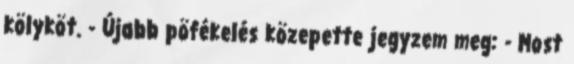
kölyköt. - Újabb pöfékelés közepette jegyzem meg: - Most